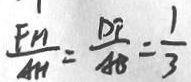
\frac { F H } { A H } = \frac { D F } { A B } = \frac { 1 } { 3 }